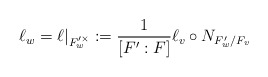
\begin{align*}\ell_{w}=\ell|_{F_{w}'^{\times}}:={1\over [F':F]} \ell_{v}\circ N_{F_{w}'/F_{v}}\end{align*}